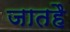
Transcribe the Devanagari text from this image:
जातहै